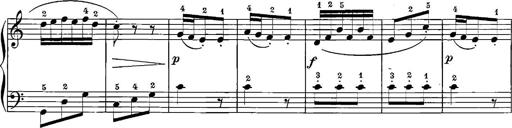
Title: 12 Sonatinas
Composer: Ignaz Pleyel